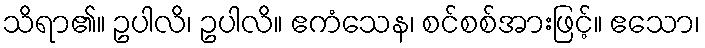
သိရာ၏။ ဥပါလိ၊ ဥပါလိ။ ဧကံသေန၊ စင်စစ်အားဖြင့်။ ဧသော၊